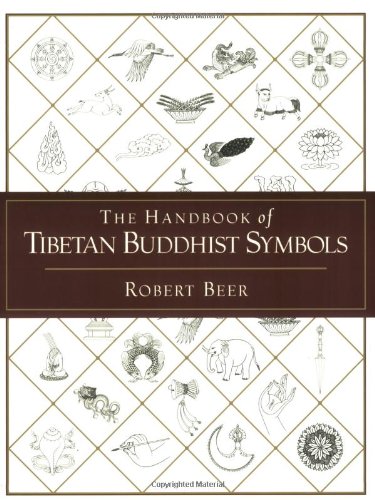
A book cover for The Handbook of Tibetan Buddhist Symbols; Robert Beer; Arts & Photography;